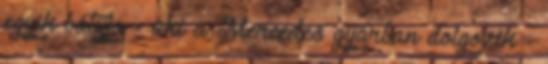
egyik bátyja - aki a Mercedes gyárban dolgozik -